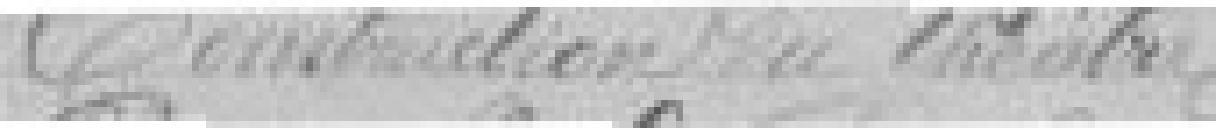
Construction du théâtre